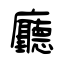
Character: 廳